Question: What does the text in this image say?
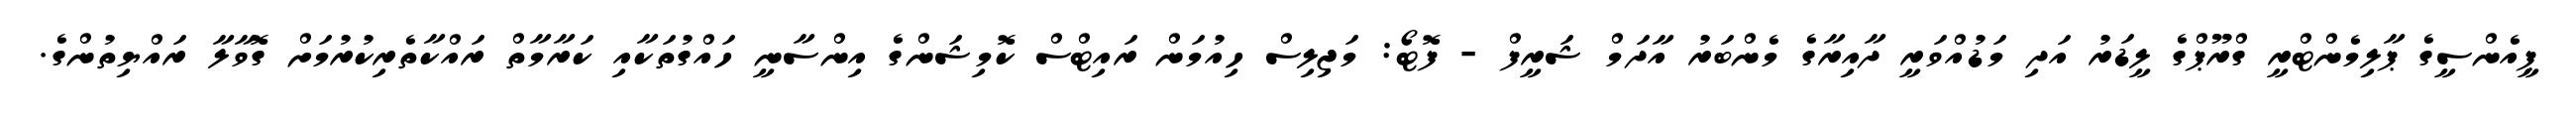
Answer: ޕީއެންސީގެ ޕާލިމެންޓްރީ ގްރޫޕްގެ ލީޑަރު އަދި މަޑުއްވަރީ ދާއިރާގެ މެންބަރު އާދަމް ޝަރީފް - ފޮޓޯ: މަޖިލިސް ހިއުމަން ރައިޓްސް ކޮމިޝަންގެ އިންސާނީ ހައްގުތަކާއި ކަރާމާތް ރައްކާތެރިކުރުމަށް ގޮވާލާ ރައްޔިތުންގެ.